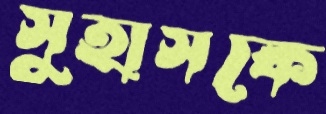
সুহাসকে